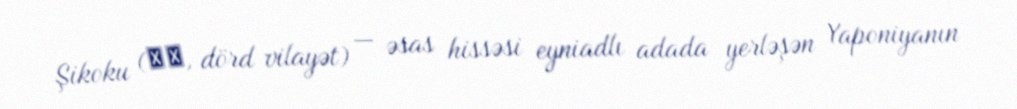
Şikoku (四国, dörd vilayət) — əsas hissəsi eyniadlı adada yerləşən Yaponiyanın